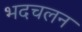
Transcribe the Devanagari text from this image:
भदचलन